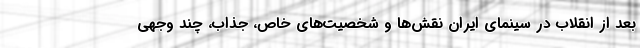
بعد از انقلاب در سینمای ایران نقش‌ها و شخصیت‌های خاص، جذاب، چند وجهی